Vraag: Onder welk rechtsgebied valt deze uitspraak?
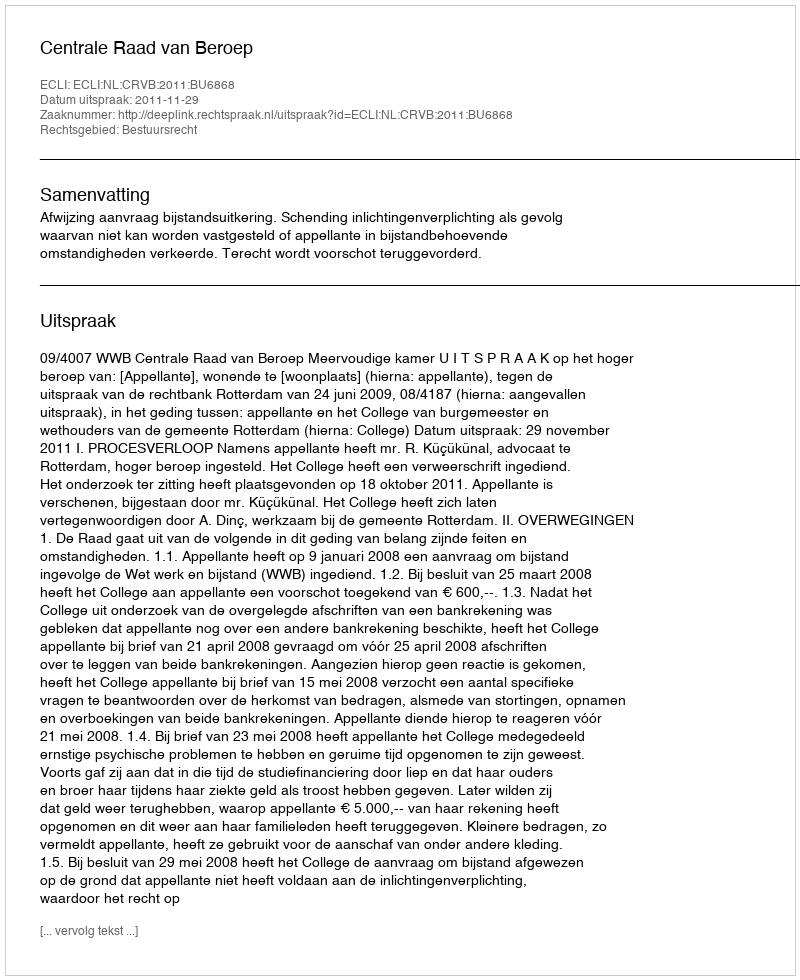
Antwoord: Bestuursrecht